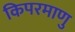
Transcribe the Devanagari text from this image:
किपरमाणु